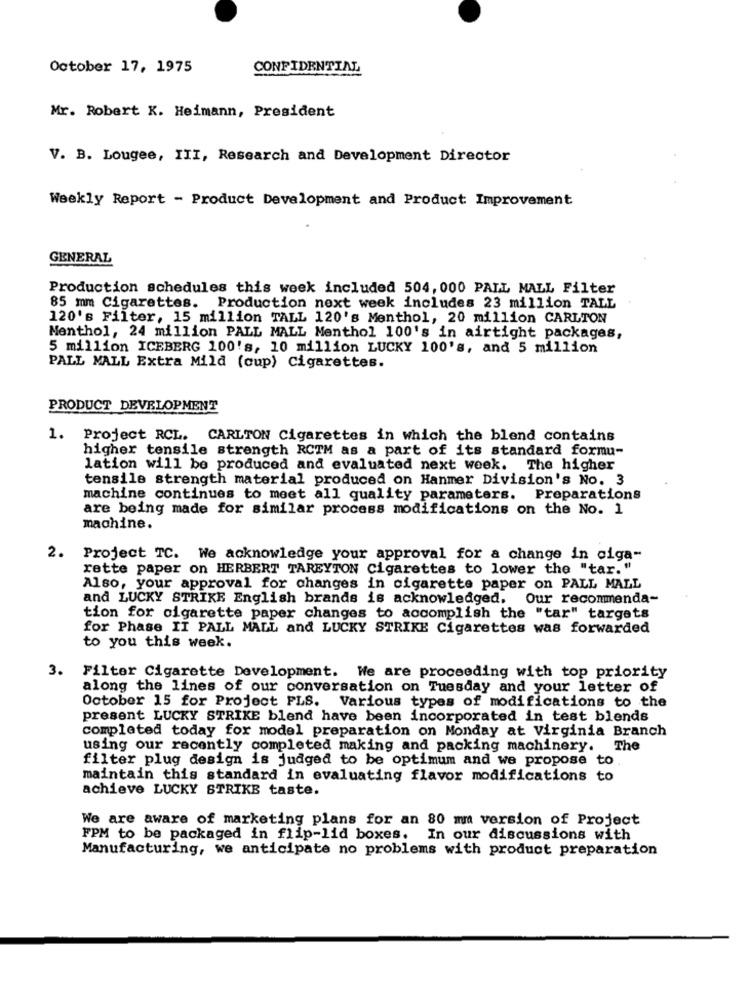
October 17, 1975
CONFIDENTIAL
Mr. Robert K. Heimann, President
V. B. Lougee, III, Research and Development Director
Weekly Report - Product Development and Product Improvement
GENERAL
Production schedules this week included 504, 000 PALL MALL Filter
85 mm Cigarettes. Production next week includes 23 million TALL
120's Filter, 15 million TALL 120's Menthol, 20 million CARLTON
Menthol, 24 million PALL MALL Menthol 100's in airtight packages,
5 million ICEBERG 100's, 10 million LUCKY 100's, and 5 million
PALL MALL Extra Mild (cup) Cigarettes.
PRODUCT DEVELOPMENT
1.
Project RCL. CARLTON Cigarettes in which the blend contains
higher tensile strength RCTM as a part of its standard formu-
lation will be produced and evaluated next week. The higher
tensile strength material produced on Hanmer Division's No. 3
machine continues to meet all quality parameters. Preparations
are being made for similar process modifications on the No. 1
machine.
2. Project TC. We acknowledge your approval for a change in ciga-
rette paper on HERBERT TAREYTON Cigarettes to lower the "tar."
Also, your approval for changes in cigarette paper on PALL MALL
and LUCKY STRIKE English brands is acknowledged.
Our recommenda-
tion for cigarette paper changes to accomplish the "tar" targets
for Phase II PALL MALL and LUCKY STRIKE Cigarettes was forwarded
to you this week.
3.
Filter Cigarette Development. We are proceeding with top priority
along the lines of our conversation on Tuesday and your letter of
October 15 for Project FLS. Various types of modifications to the
present LUCKY STRIKE blend have been incorporated in test blends
completed today for model preparation on Monday at Virginia Branch
using our recently completed making and packing machinery. The
filter plug design is judged to be optimum and we propose to
maintain this standard in evaluating flavor modifications to
achieve LUCKY STRIKE taste.
We are aware of marketing plans for an 80 mm version of Project
FPM to be packaged in flip-lid boxes. In our discussions with
Manufacturing, we anticipate no problems with product preparation